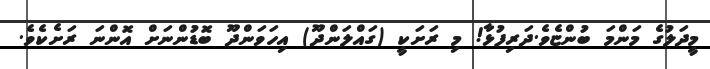
މީދަލުގެ މަންމަ ބުންޏެވެ.ދަރިފުޅާ! މި ރަށަކީ (ގައްލަންދޫ) އިހަވަންދޫ ބޮޑުންނަށް އޮންނަ ރަށެކެވެ.